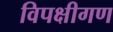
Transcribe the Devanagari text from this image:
विपक्षीगण